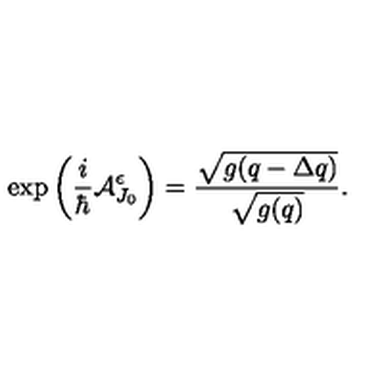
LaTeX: \exp \left( \frac { i } { \hbar } { \cal A } _ { J _ { 0 } } ^ { \epsilon } \right) = \frac { \sqrt { g ( q - \Delta q ) } } { \sqrt { g ( q ) } } .